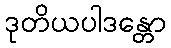
ဒုတိယပါဒန္တော